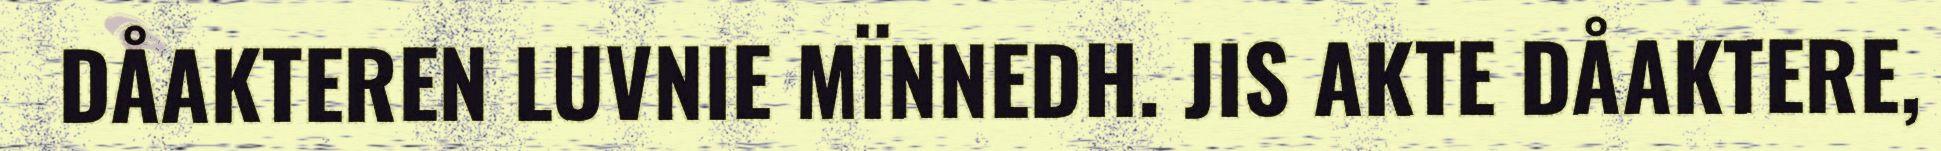
DÅAKTEREN LUVNIE MÏNNEDH. JIS AKTE DÅAKTERE,